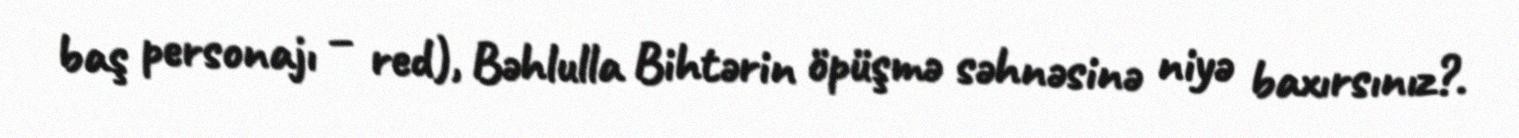
baş personajı – red), Bəhlulla Bihtərin öpüşmə səhnəsinə niyə baxırsınız?.